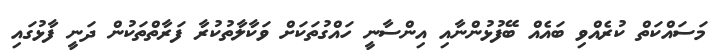
މަސައްކަތް ކުރެއްވި ބައެއް ބޭފުޅުންނާއި އިންސާނީ ހައްގުތަކަށް ވަކާލާތުކުރާ ފަރާތްތަކުން ދަނީ ފާޅުގައި